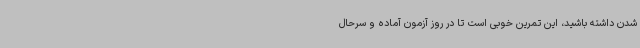
شدن داشته باشید، این تمرین خوبی است تا در روز آزمون آماده و سرحال